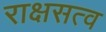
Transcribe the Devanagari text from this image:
राक्षसत्व